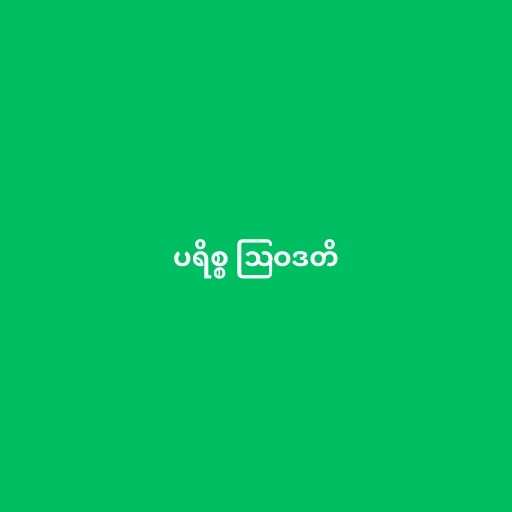
ပရိစ္စ ဩဝဒတိ